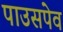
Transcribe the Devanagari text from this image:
पाउसपेव